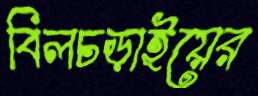
বিলচড়াইয়ের